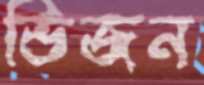
ভিজন